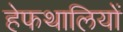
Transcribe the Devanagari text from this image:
हेफथालियों